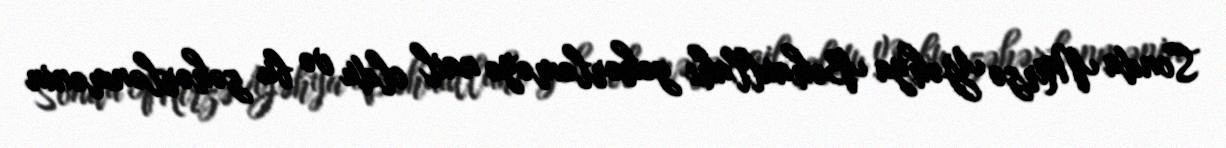
Sonda Mirzə Yəhya Bəhaullahı zəhərləməyə nail oldu və bu zəhərlənmənin